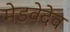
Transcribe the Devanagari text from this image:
मेडवेदेव